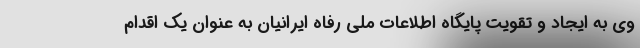
وی به ایجاد و تقویت پایگاه اطلاعات ملی رفاه ایرانیان به عنوان یک اقدام